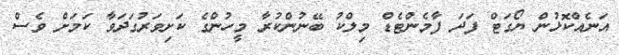
އަނެއްކޮޅުން ޔޯގަޓް ފަދަ ފާމެންޓެޑް މިލްކު ބޭނުންކުރާ މީހުންގެ ކަށިވަރުގަދަވާ ކަމަށް ވެސް